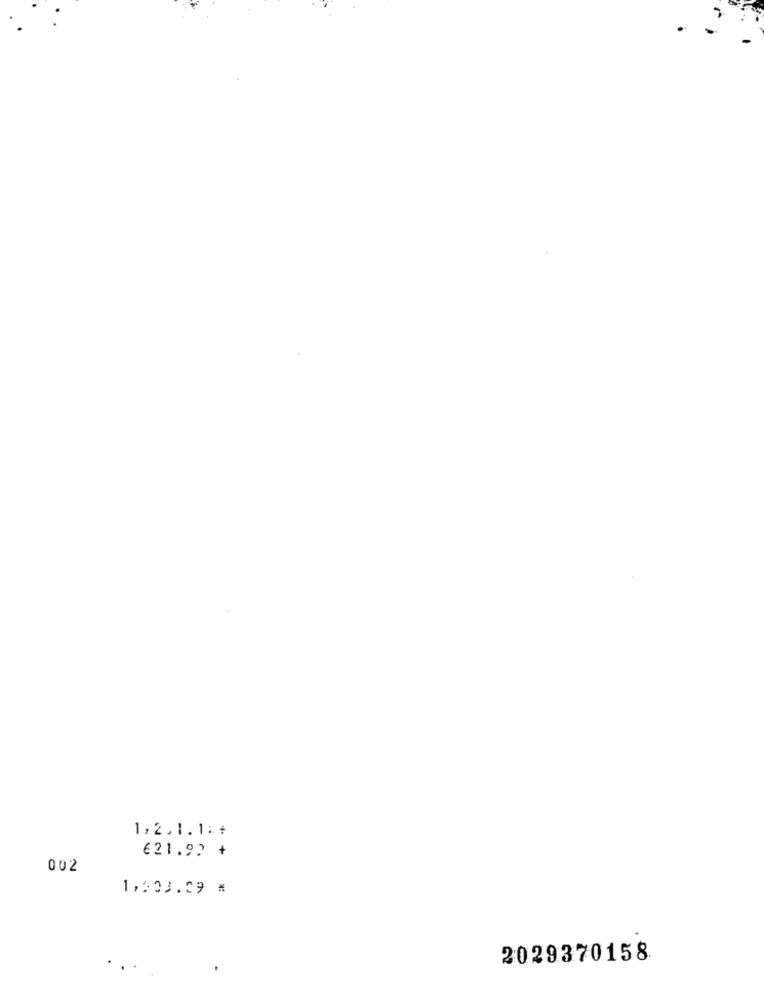
1,2.1.1:+
621.92 +
002
1,533.09 #
2029370158